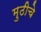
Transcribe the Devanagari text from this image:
मुठीचे